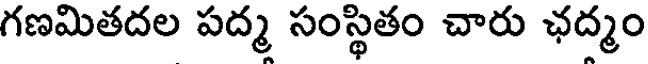
గణమితదల పద్మ సంస్థితం చారు ఛద్మం